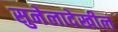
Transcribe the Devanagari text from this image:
सुनेलादेखील